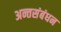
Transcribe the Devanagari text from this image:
अन्तसंबंधन